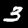
Label: 3